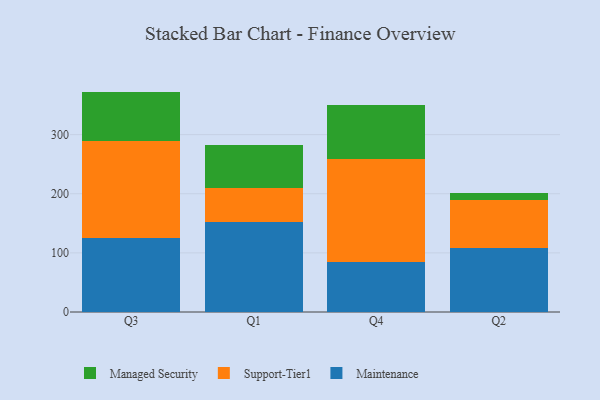
{"axis": {"x": "Quarter", "y": "Customer Acquisition Cost (USD)"}, "legend": ["Maintenance", "Managed Security", "Support-Tier1"], "data": [{"x": "Q3", "y": 125.4, "type": "Maintenance"}, {"x": "Q3", "y": 164.4, "type": "Support-Tier1"}, {"x": "Q3", "y": 83.0, "type": "Managed Security"}, {"x": "Q1", "y": 151.8, "type": "Maintenance"}, {"x": "Q1", "y": 57.2, "type": "Support-Tier1"}, {"x": "Q1", "y": 72.8, "type": "Managed Security"}, {"x": "Q4", "y": 85.1, "type": "Maintenance"}, {"x": "Q4", "y": 174.1, "type": "Support-Tier1"}, {"x": "Q4", "y": 90.1, "type": "Managed Security"}, {"x": "Q2", "y": 108.2, "type": "Maintenance"}, {"x": "Q2", "y": 81.7, "type": "Support-Tier1"}, {"x": "Q2", "y": 10.9, "type": "Managed Security"}]}